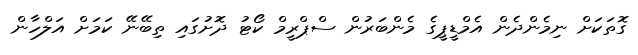
ގޮތަކަށް ނިމެންދެން އެމްޑީޕީގެ މެންބަރުން ސްޕްރީމް ކޯޓު ދޮށުގައި ތިބޭނޭ ކަމަށް އަލްހާން